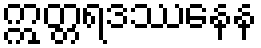
ဣတ္တရဒဿနေန